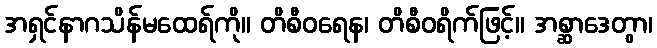
အရှင်နာဂသိန်မထေရ်ကို။ တိစီဝရေန၊ တိစီဝရိက်ဖြင့်။ အစ္ဆာဒေတွာ၊